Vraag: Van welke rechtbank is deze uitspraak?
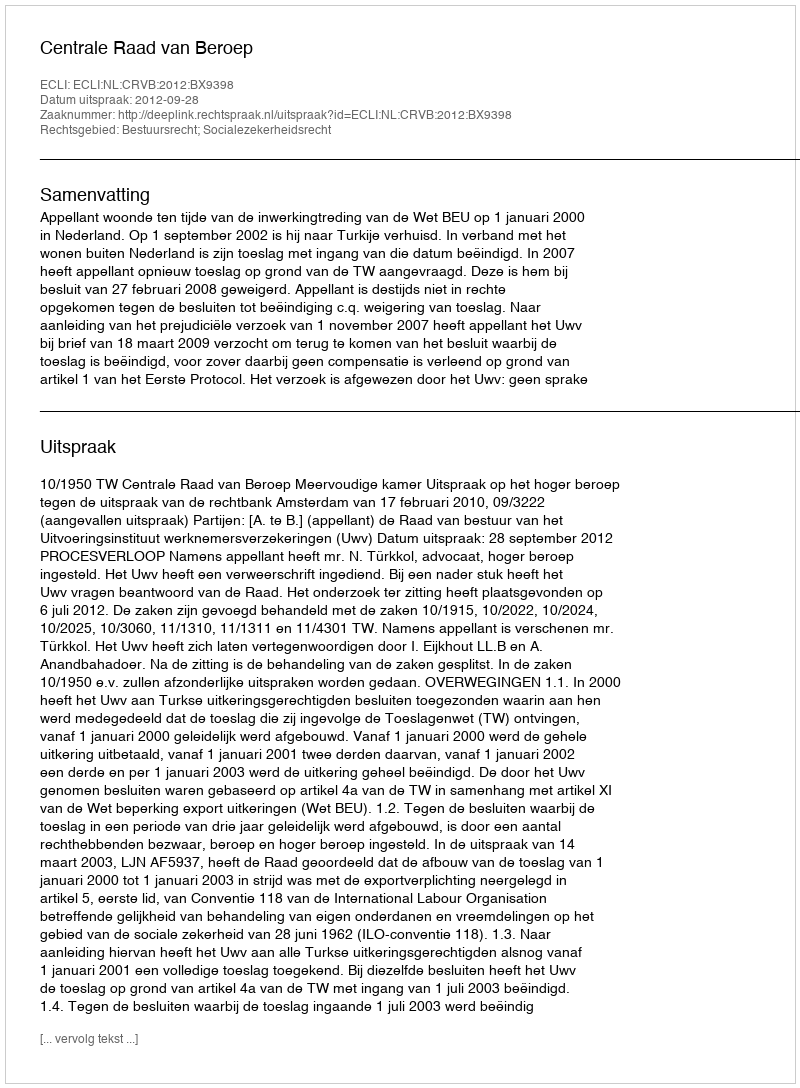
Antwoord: Centrale Raad van Beroep